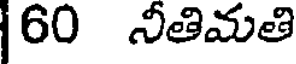
60 నీతిమతి